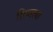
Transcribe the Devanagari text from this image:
हियाला